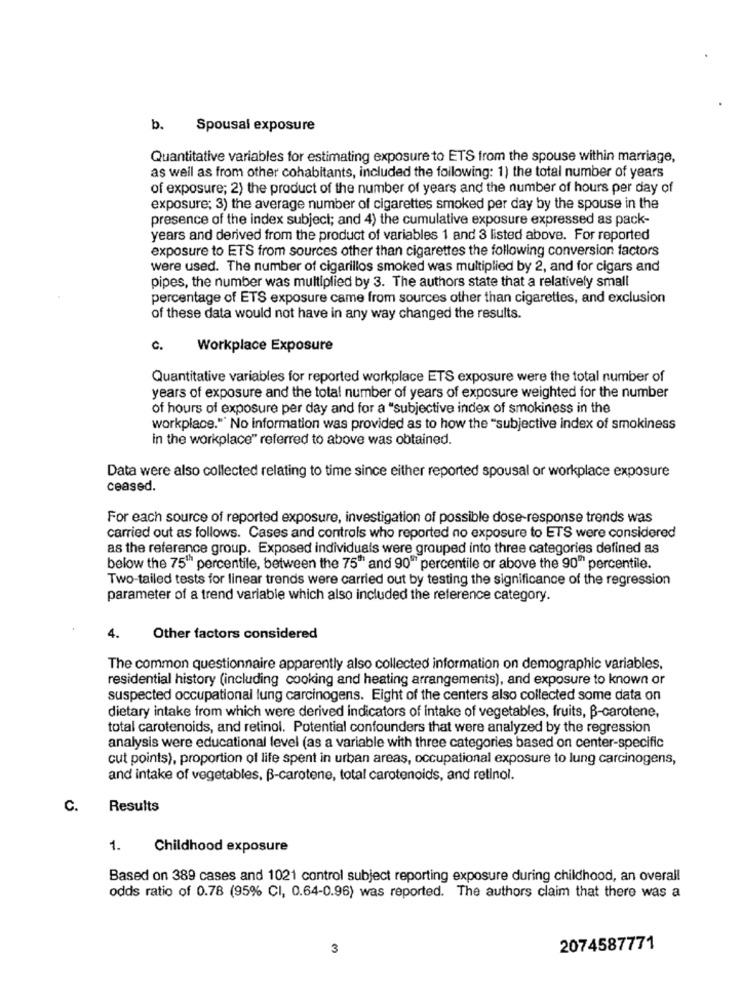
b.
Spousal exposure
Quantitative variables for estimating exposure to ETS from the spouse within marriage,
as well as from other cohabitants, included the following: 1) the total number of years
of exposure; 2) the product of the number of years and the number of hours per day of
exposure; 3) the average number of cigarettes smoked per day by the spouse in the
presence of the index subject; and 4) the cumulative exposure expressed as pack-
years and derived from the product of variables 1 and 3 listed above. For reported
exposure to ETS from sources other than cigarettes the following conversion factors
were used. The number of cigarillos smoked was multiplied by 2, and for cigars and
pipes, the number was multiplied by 3. The authors state that a relatively small
percentage of ETS exposure came from sources other than cigarettes, and exclusion
of these data would not have in any way changed the results.
c.
Workplace Exposure
Quantitative variables for reported workplace ETS exposure were the total number of
years of exposure and the total number of years of exposure weighted for the number
of hours of exposure per day and for a "subjective index of smokiness in the
workplace." No information was provided as to how the "subjective index of smokiness
in the workplace" referred to above was obtained.
Data were also collected relating to time since either reported spousal or workplace exposure
ceased.
For each source of reported exposure, investigation of possible dose-response trends was
carried out as follows. Cases and controls who reported no exposure to ETS were considered
as the reference group. Exposed individuals were grouped into three categories defined as
below the 75" percentile, between the 75" and 90" percentile or above the 90" percentile.
Two-tailed tests for linear trends were carried out by testing the significance of the regression
parameter of a trend variable which also included the reference category.
4.
Other factors considered
The common questionnaire apparently also collected information on demographic variables,
residential history (including cooking and heating arrangements), and exposure to known or
suspected occupational lung carcinogens. Eight of the centers also collected some data on
dietary intake from which were derived indicators of intake of vegetables, fruits, B-carotene,
total carotenoids, and retinol. Potential confounders that were analyzed by the regression
analysis were educational level (as a variable with three categories based on center-specific
cut points), proportion of life spent in urban areas, occupational exposure to lung carcinogens,
and intake of vegetables, B-carotene, total carotenoids, and retinol.
C.
Results
1.
Childhood exposure
Based on 389 cases and 1021 control subject reporting exposure during childhood, an overall
odds ratio of 0.78 (95% CI, 0.64-0.96) was reported. The authors claim that there was a
3
2074587771